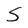
Character: S